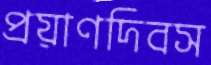
প্রয়াণদিবস